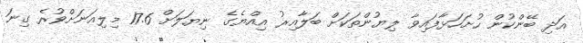
އަދި ބޭންކުން ހުށަހަޅާފައިވާ ލިޔުންތަކަށް ބަލާއިރު އިއްޔެގެ ނިޔަލަށް 17.6 މިލިއަނަށްވުރެ ގިނަ